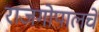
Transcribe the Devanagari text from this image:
राजगोपालचे